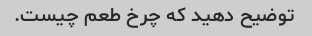
توضیح دهید که چرخ طعم چیست.